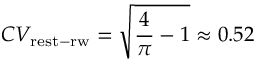
C V _ { \mathrm { r e s t - r w } } = \sqrt { \frac { 4 } { \pi } - 1 } \approx 0 . 5 2